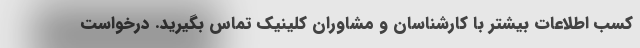
کسب اطلاعات بیشتر با کارشناسان و مشاوران کلینیک تماس بگیرید. درخواست